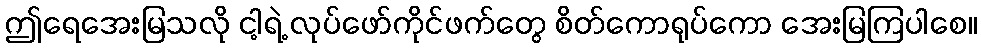
ဤရေအေးမြသလို ငါ့ရဲ့ လုပ်ဖော်ကိုင်ဖက်တွေ စိတ်ကောရုပ်ကော အေးမြကြပါစေ။